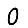
Digit: 0